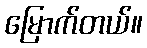
မြောက်တယ်။